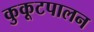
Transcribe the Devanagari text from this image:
कुकूटपालन